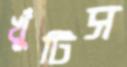
খুঁটিস